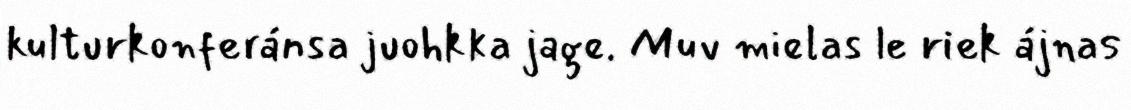
kulturkonferánsa juohkka jage. Muv mielas le riek ájnas